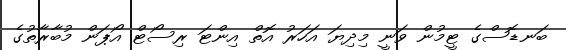
ބަނޑޮސްގެ ޓީމުން ވަނީ މިދިޔަ އަހަރު އޮތް އިންޓަ ރިސޯޓް އޯޕަން މުބާރާތުގެ